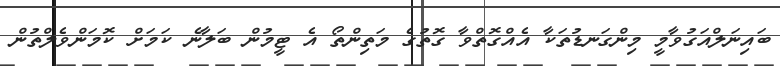
ބައިނަލްއަގުވާމީ މިންގަނޑުތަކާ އެއްގޮތްވާ ގޮތުގެ މަތިންތޯ އެ ޓީމުން ބަލާނެ ކަމަށް ކޮމަންވެލްތުން